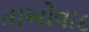
તાઓવાદ